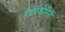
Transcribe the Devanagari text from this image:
हेलीकोनिनी